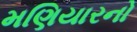
મણિયારનો